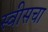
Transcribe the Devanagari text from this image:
स्वीसचा